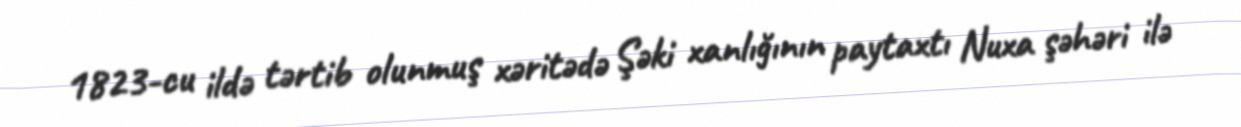
1823-cu ildə tərtib olunmuş xəritədə Şəki xanlığının paytaxtı Nuxa şəhəri ilə